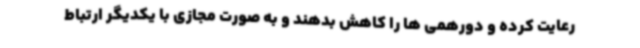
رعایت کرده و دورهمی ها را کاهش بدهند و به صورت مجازی با یکدیگر ارتباط